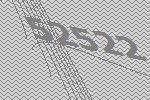
52522